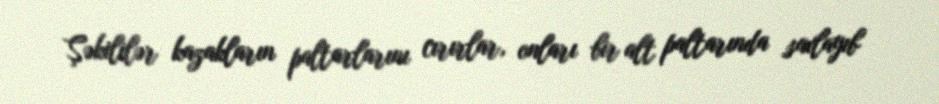
Şəkililər kazakların paltarlarını cırırlar, onları bir alt paltarında saxlayıb